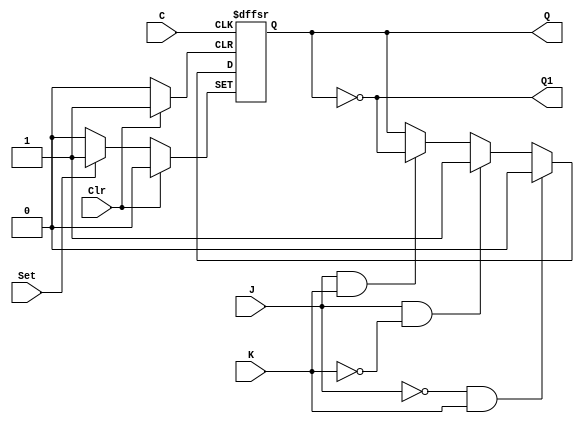
/*
 * Generated by Digital. Don't modify this file!
 * Any changes will be lost if this file is regenerated.
 */
module DR
#(
    parameter Default = 1'b0
)
(
   input Set,
   input J,
   input C,
   input K,
   input Clr,
   output Q,
   output Q1
);
    reg state;

    assign Q = state;
    assign Q1 = ~state;

    always @ (posedge C or posedge Clr or posedge Set) begin
        if (Set)
            state <= 1'b1;
        else if (Clr)
            state <= 1'b0;
        else if (~J & K)
            state <= 1'b0;
        else if (J & ~K)
            state <= 1'b1;
        else if (J & K)
            state <= ~state;
    end

    initial begin
        state = Default;
    end
endmodule